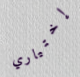
إختياري